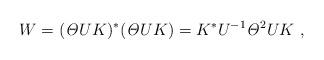
LaTeX: \begin{align*}W = ({\it \Theta} UK)^*({\it \Theta} UK) = K^* U^{-1} {\it \Theta}^2 U K \ , \end{align*}